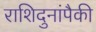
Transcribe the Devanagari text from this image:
राशिदुनांपैकी